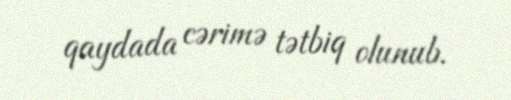
qaydada cərimə tətbiq olunub.